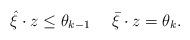
LaTeX: \begin{align*}\hat{ {\xi}}\cdot { {z}}\leq \theta_{k-1}\ \ \ \ \bar{ {\xi}}\cdot { {z}}=\theta_k.\end{align*}